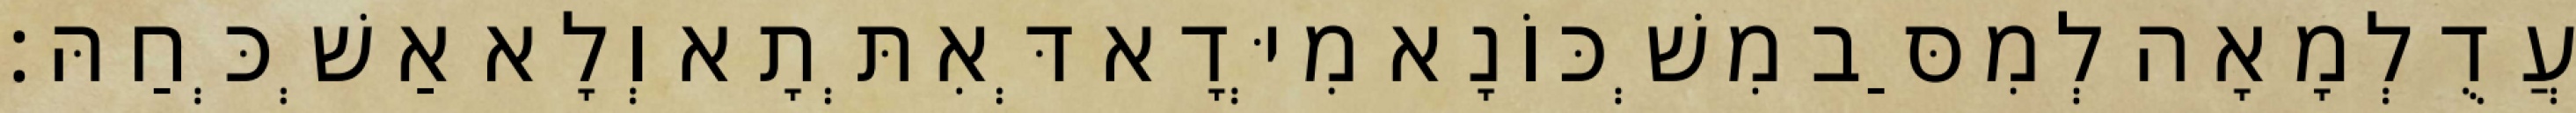
עֲדֻלְמָאָה לְמִסַּב מִשְׁכּוֹנָא מִיְּדָא דְּאִתְּתָא וְלָא אַשְׁכְּחַהּ׃